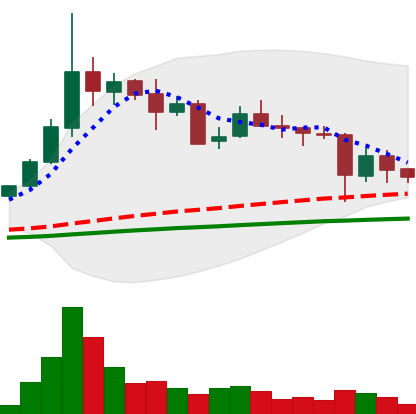
Ticker: ETC-USD
Chart end date: 2021-05-22
Forward return: 26.94%
Label: up_7plus